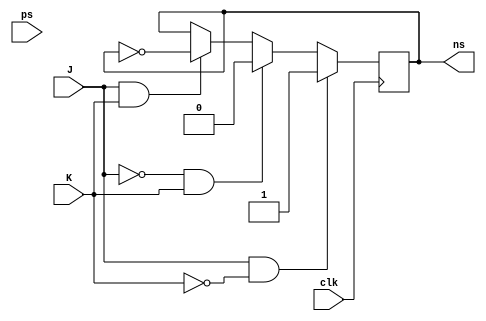
module jk_flipflop (
    input J,
    input K,
    input clk,
    input ps,
    output reg ns
);

always @(negedge clk) begin
    if (J & ~K)
        ns <= 1;
    else if (~J & K)
        ns <= 0;
    else if (J & K)
        ns <= ~ns;
end

endmodule